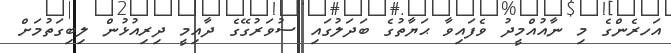
އަހރެންގެ މި ނާއުއްމީދު ވެފައިވާ ޙަޔާތުގެ ބަދަލުގައި ސުވަރުގޭގެ ދާއިމީ ދިރިއުޅުން ލިބިގަތުމަށް